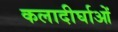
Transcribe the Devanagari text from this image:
कलादीर्घाओं